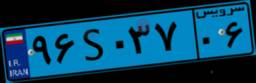
۰۲S۹۵۵۵۲